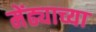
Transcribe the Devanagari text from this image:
मेंढ्याच्या